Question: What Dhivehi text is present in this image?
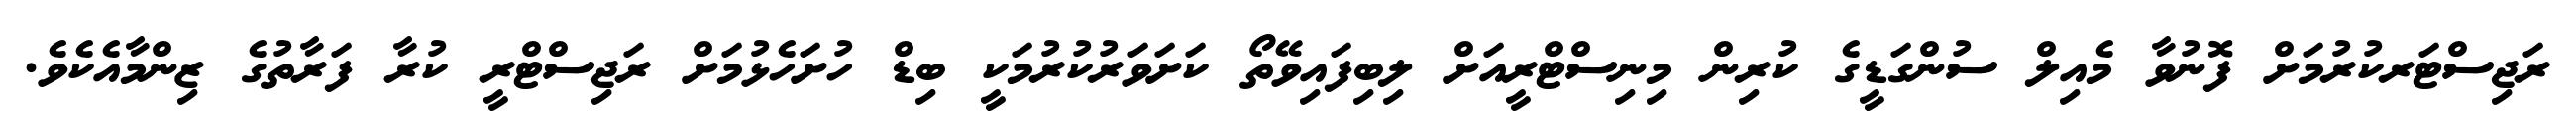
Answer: ރަޖިސްޓަރކުރުމަށް ފޮނުވާ މެއިލް ސުންގަޑީގެ ކުރިން މިނިސްޓްރީއަށް ލިބިފައިވޭތޯ ކަށަވަރުކުރުމަކީ ބިޑް ހުށަހެޅުމަށް ރަޖިސްޓްރީ ކުރާ ފަރާތުގެ ޒިންމާއެކެވެ.